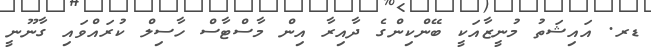
ޑރ. އައިޝަތު މުނީޒާއަކީ ބޭންކިންގެ ދާއިރާ އިން މާސްޓާސް ހާސިލް ކުރައްވައި ގާނޫނީ